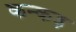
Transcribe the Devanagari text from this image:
कन्कड़